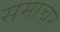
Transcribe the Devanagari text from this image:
समाचर